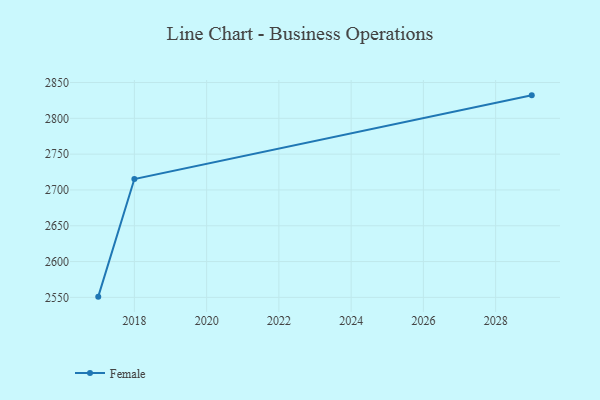
{"axis": {"x": "Year", "y": "Headcount"}, "legend": ["Female"], "data": [{"x": "2017", "y": 2551.0, "type": "Female"}, {"x": "2018", "y": 2715.2, "type": "Female"}, {"x": "2029", "y": 2832.1, "type": "Female"}]}